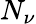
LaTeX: N_{\nu}